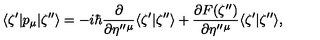
\langle \zeta ^ { \prime } | p _ { \mu } | \zeta ^ { \prime \prime } \rangle = - i \hbar \frac { \partial } { \partial \eta ^ { \prime \prime } { } ^ { \mu } } \langle \zeta ^ { \prime } | \zeta ^ { \prime \prime } \rangle + \frac { \partial F ( \zeta ^ { \prime \prime } ) } { \partial \eta ^ { \prime \prime } { } ^ { \mu } } \langle \zeta ^ { \prime } | \zeta ^ { \prime \prime } \rangle ,